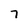
Character: 7